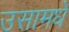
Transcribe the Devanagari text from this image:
उसामधे